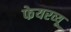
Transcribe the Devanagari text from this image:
फेयरव्यू